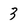
Character: 3